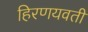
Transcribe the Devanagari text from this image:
हिरणयवती